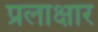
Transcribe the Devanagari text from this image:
प्रलाक्षार